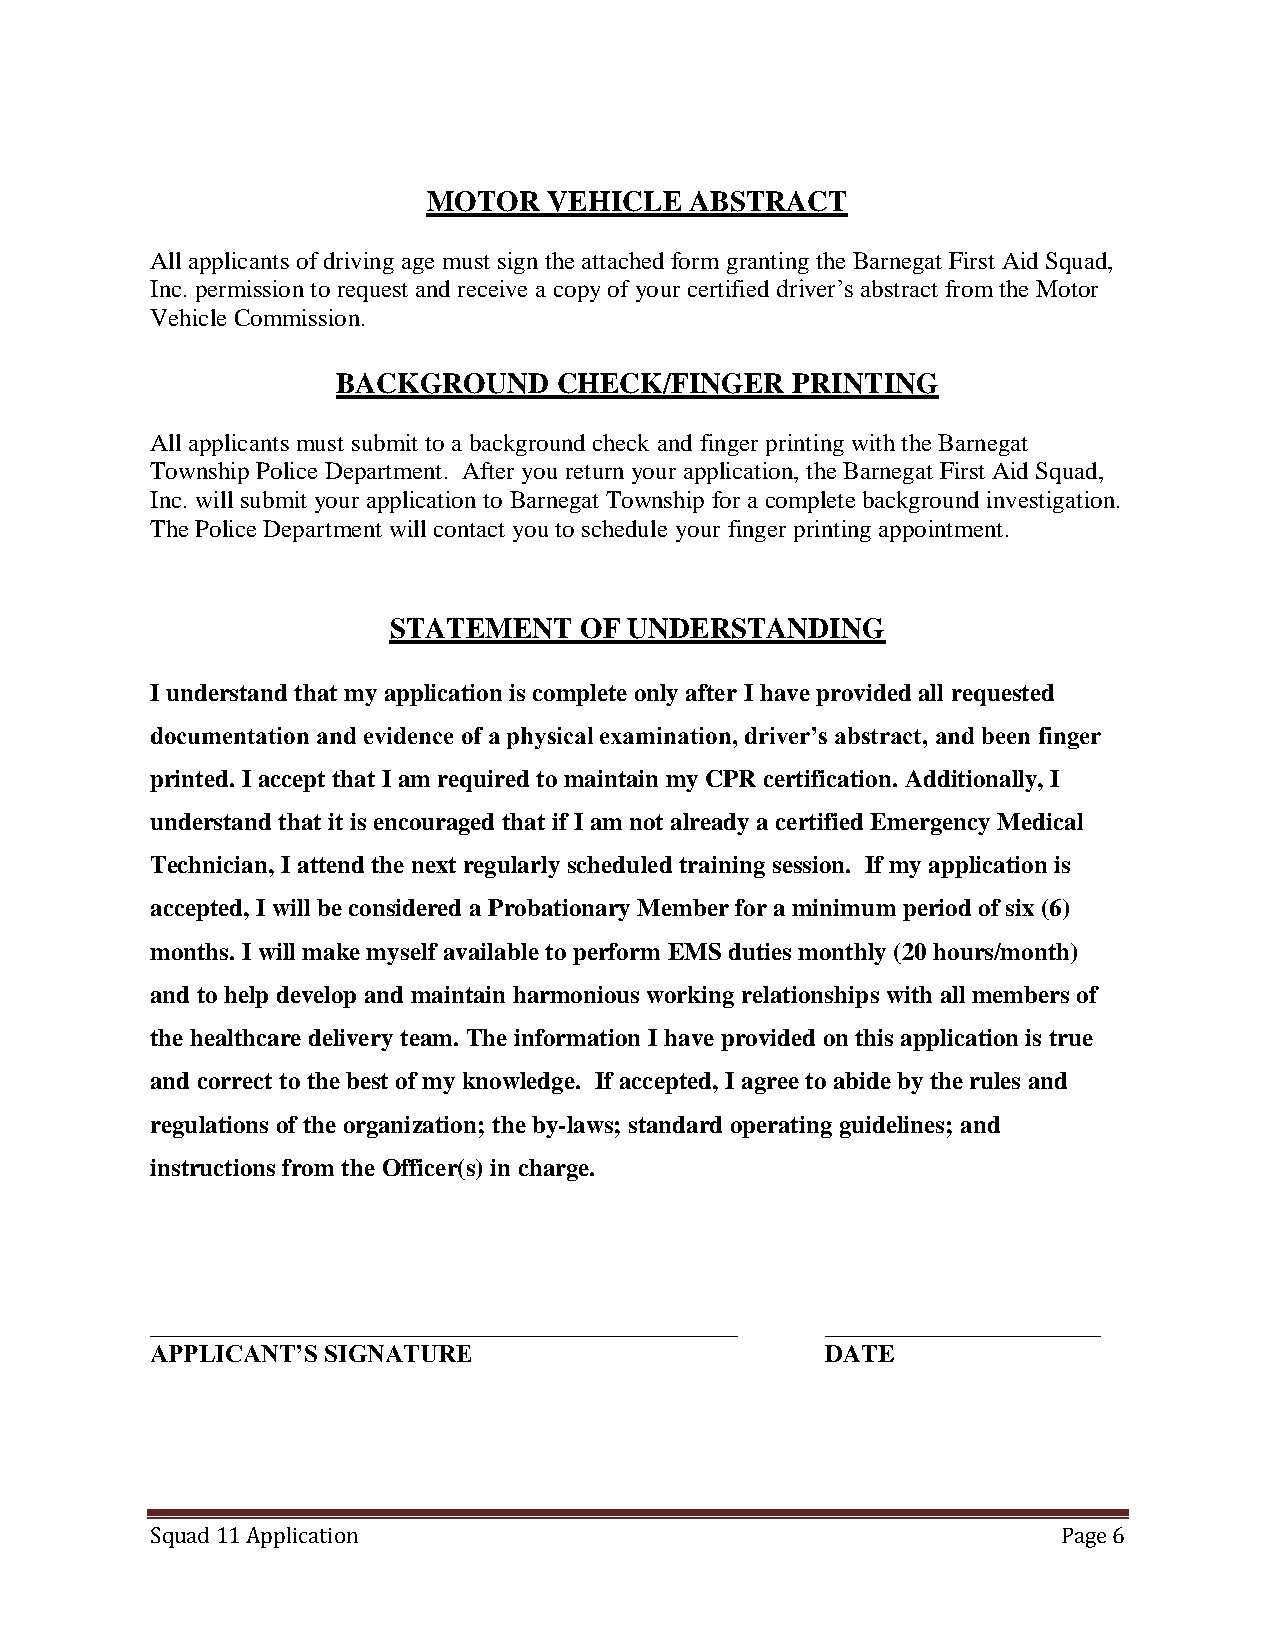
MOTOR   VEHICLE   ABSTRACT
 All applicants of driving age must sign the attached form granting the Barnegat First Aid Squad,
 Inc. permission to request and receive a copy of your certified driver’s abstract from the Motor
 Vehicle Commission.
 BACKGROUND     CHECK/FINGER   PRINTING
 All applicants must submit to a background check and finger printing with the Barnegat
 Township Police Department. After you return your application, the Barnegat First Aid Squad,
 Inc. will submit your application to Barnegat Township for a complete background investigation.
 The Police Department will contact you to schedule your finger printing appointment.
 STATEMENT   OF  UNDERSTANDING
 I understand that my application is complete only after I have provided all requested
 documentation and evidence of a physical examination, driver’s abstract, and been finger
 printed. I accept that I am required to maintain my CPR certification. Additionally, I
 understand that it is encouraged that if I am not already a certified Emergency Medical
 Technician, I attend the next regularly scheduled training session. If my application is
 accepted, I will be considered a Probationary Member for a minimum period of six (6)
 months. I will make myself available to perform EMS duties monthly (20 hours/month)
 and to help develop and maintain harmonious working relationships with all members of
 the healthcare delivery team. The information I have provided on this application is true
 and correct to the best of my knowledge. If accepted, I agree to abide by the rules and
 regulations of the organization; the by-laws; standard operating guidelines; and
 instructions from the Officer(s) in charge.
 _______________________________________________ ______________________
 APPLICANT’S SIGNATURE                        DATE
 Squad 11 Application                                        Page 6